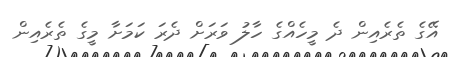
އޭގެ ތެރެއިން ދެ މީހެއްގެ ހާލު ވަރަށް ދެރަ ކަމަށާ މީގެ ތެރެއިން